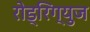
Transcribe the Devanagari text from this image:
रोड्रिग्युज